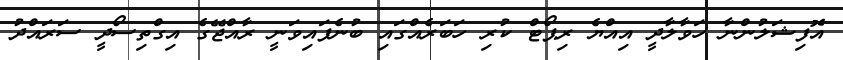
އޮފިޝަލުންނާ ހަވާލާދީ އިއްޔެ ރިޕޯޓް ކުރި ހަބަރެއްގައި ބުނެފައިވަނީ ރާއްޖޭގެ އިގްތިސޯދީ ސަރައްދު